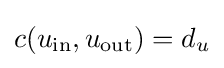
c(u_{\mathrm {in} },u_{\mathrm {out} })=d_{u}